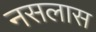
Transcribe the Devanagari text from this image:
नसलास